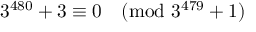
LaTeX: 3 ^ { 4 8 0 } + 3 \equiv 0 { \pmod { 3 ^ { 4 7 9 } + 1 } }